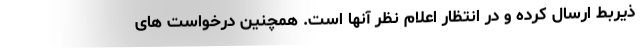
ذیربط ارسال کرده و در انتظار اعلام نظر آنها است. همچنین درخواست های